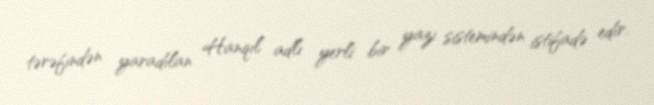
tərəfindən yaradılan Hanqıl adlı yerli bir yazı sistemindən istifadə edir.